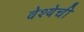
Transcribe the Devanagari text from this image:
वेश्येची